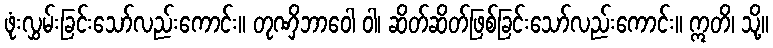
ဖုံးလွှမ်းခြင်းသော်လည်းကောင်း။ တုဏှိဘာဝေါ ဝါ၊ ဆိတ်ဆိတ်ဖြစ်ခြင်းသော်လည်းကောင်း။ ဣတိ၊ သို့။